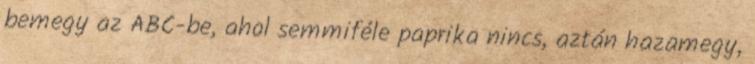
bemegy az ABC-be, ahol semmiféle paprika nincs, aztán hazamegy,